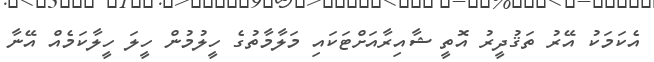
އެކަމަކު އޭރު ތަޤުދީރު އޮތީ ޝާއިރާއަށްޓަކައި މަލާމާތުގެ ހީލުމުން ހީލަ ހީލާކަމެއް އޭނާ